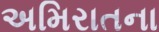
અમિરાતના